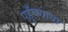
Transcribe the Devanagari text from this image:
पहुँचवाया